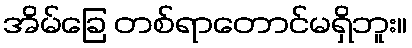
အိမ်ခြေ တစ်ရာတောင်မရှိဘူး။